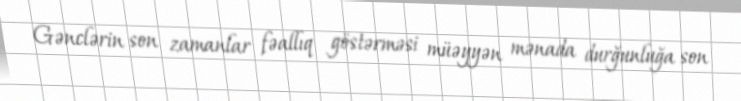
Gənclərin son zamanlar fəallıq göstərməsi müəyyən mənada durğunluğa son